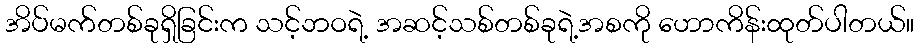
အိပ်မက်တစ်ခုရှိခြင်းက သင့်ဘဝရဲ့ အဆင့်သစ်တစ်ခုရဲ့အစကို ဟောကိန်းထုတ်ပါတယ်။